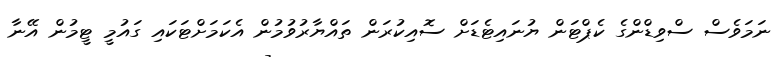
ނަމަވެސް ސްވިޑްންގެ ކެޕްޓަން ޔުނައިޓެޑަށް ސޮއިކުރަން ތައްޔާރުވުމުން އެކަމަށްޓަކައި ގައުމީ ޓީމުން އޭނާ